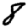
Digit: 8